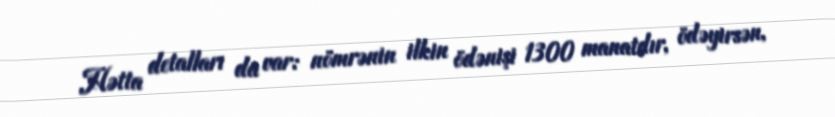
Hətta detalları da var: nömrənin ilkin ödənişi 1300 manatdır, ödəyirsən,